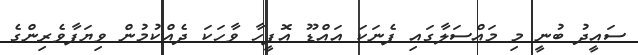
ސައީދު ބުނީ މި މައްސަލާގައި ފެނަަކަ އައްޑޫ އޮފީހާ ވާހަކަ ދެއްކުމުން ވިޔަފާވެރިންގެ